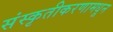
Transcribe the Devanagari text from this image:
संस्कृतीकरणामधून